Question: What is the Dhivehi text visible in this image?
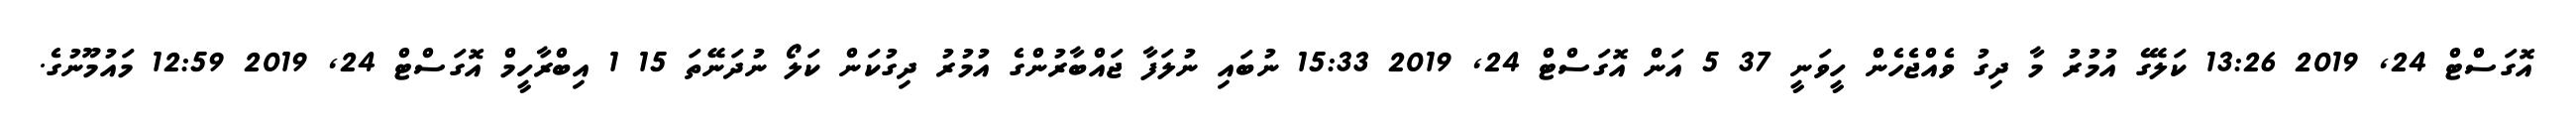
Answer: އޮގަސްޓް 24, 2019 13:26 ކަލޭގެ އުމުރު މާ ދިގު ވެއްޖެހެން ހީވަނީ 37 5 އަން އޮގަސްޓް 24, 2019 15:33 ނުބައި ނުލަފާ ޖައްބާރުންގެ އުމުރު ދިގުކަން ކަލޯ ނުދަނޭތަ 15 1 އިބްރާހީމް އޮގަސްޓް 24, 2019 12:59 މައުމޫނުގެ.